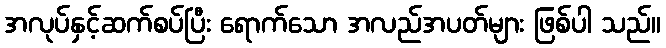
အလုပ်နှင့်ဆက်စပ်ပြီး ရောက်သော အလည်အပတ်များ ဖြစ်ပါ သည်။